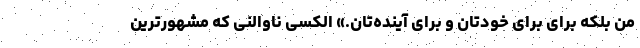
من بلکه برای برای خودتان و برای آینده‌تان.» الکسی ناوالنی که مشهورترین